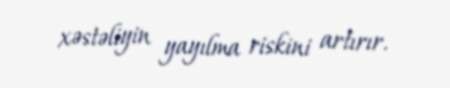
xəstəliyin yayılma riskini artırır.